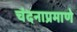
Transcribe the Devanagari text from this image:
चंदनाप्रमाणे